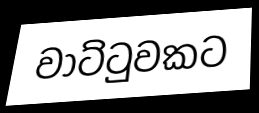
වාට්ටුවකට